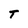
Character: T